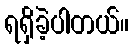
ရရှိခဲ့ပါတယ်။